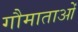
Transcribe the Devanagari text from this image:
गौमाताओं